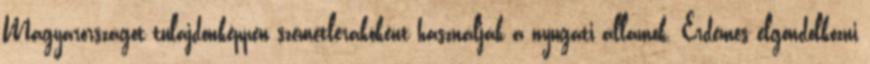
Magyarországot tulajdonképpen szemétlerakóként használják a nyugati államok. Érdemes elgondolkozni